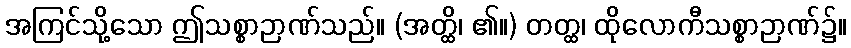
အကြင်သို့သော ဤသစ္စာဉာဏ်သည်။ (အတ္ထိ၊ ၏။) တတ္ထ၊ ထိုလောကီသစ္စာဉာဏ်၌။